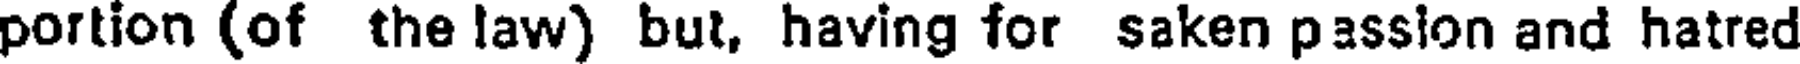
portion (of the law) but, having for saken passion and hatred